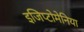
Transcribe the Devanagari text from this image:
इजिप्टोमेनिया